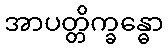
အာပတ္တိက္ခန္ဓော